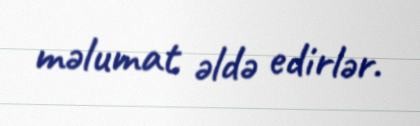
məlumat əldə edirlər.